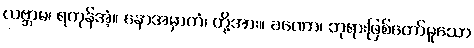
လဗ္ဘာမ၊ ရကုန်အံ့။ နောအမှာကံ၊ တို့အား။ ခဏော၊ ဘုရားဖြစ်တော်မူသော